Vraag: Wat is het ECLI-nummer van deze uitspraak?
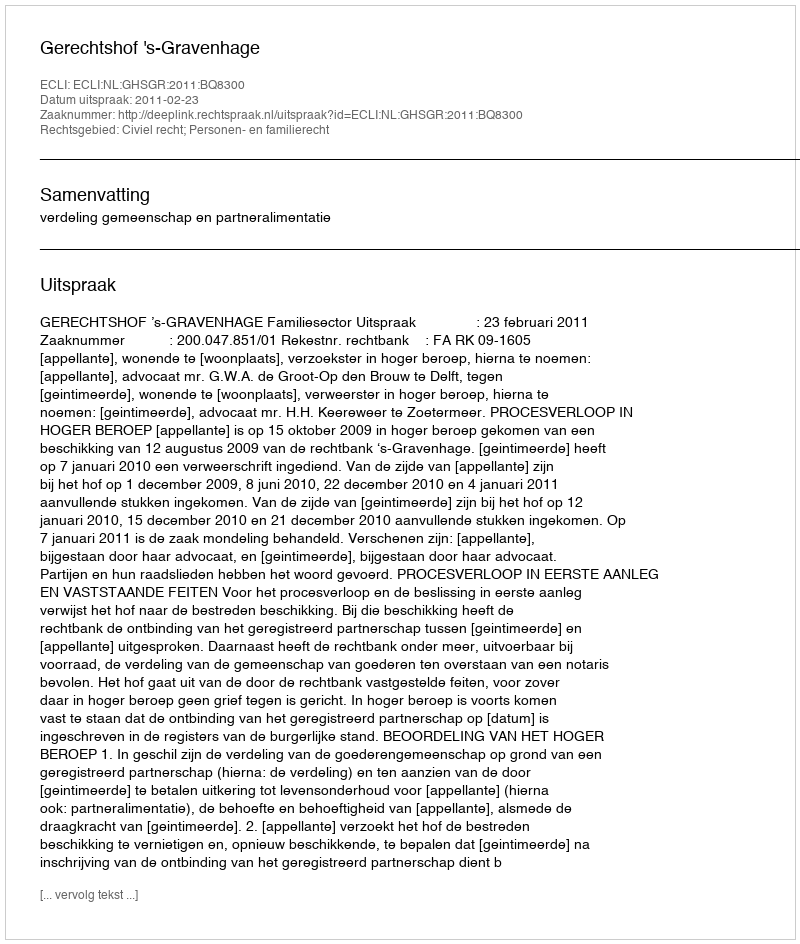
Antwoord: ECLI:NL:GHSGR:2011:BQ8300